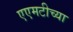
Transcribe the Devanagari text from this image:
एएमटीच्या